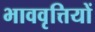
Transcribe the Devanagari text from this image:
भाववृत्तियों